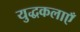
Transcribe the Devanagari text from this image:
युद्धकलाएँ